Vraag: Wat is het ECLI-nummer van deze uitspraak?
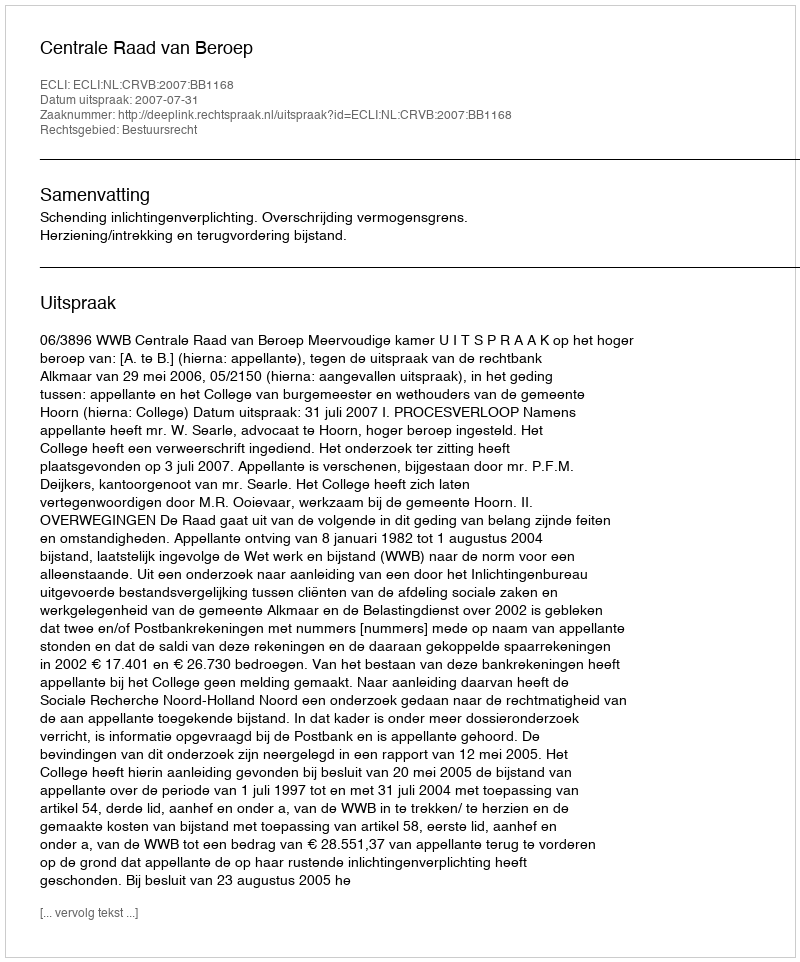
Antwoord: ECLI:NL:CRVB:2007:BB1168